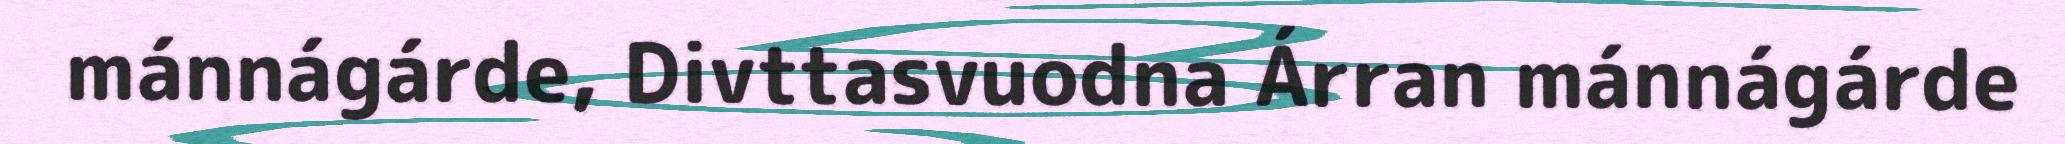
mánnágárde, Divttasvuodna Árran mánnágárde